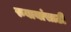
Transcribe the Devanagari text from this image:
रुबायांसाठी